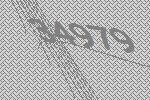
34979